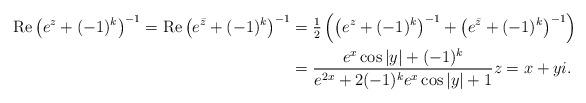
LaTeX: \begin{align*}\mathrm{Re}\left(e^z+(-1)^k\right)^{-1}=\mathrm{Re}\left(e^{\bar{z}}+(-1)^k\right)^{-1}&=\tfrac{1}{2}\left(\left(e^z+(-1)^k\right)^{-1}+\left(e^{\bar{z}}+(-1)^k\right)^{-1}\right)\\&=\frac{e^x\cos|y|+(-1)^k}{e^{2x}+2(-1)^k e^x\cos|y|+1}z=x+yi.\end{align*}